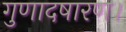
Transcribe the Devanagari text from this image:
गुणादषारण।